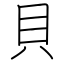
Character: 貝